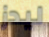
ليدز